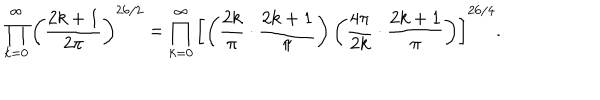
\prod _ { k = 0 } ^ { \infty } \left( \frac { 2 k + 1 } { 2 \pi } \right) ^ { 2 6 / 2 } = \prod _ { k = 0 } ^ { \infty } \left[ \left( \frac { 2 k } { \pi } \cdot \frac { 2 k + 1 } { \pi } \right) \left( \frac { 4 \pi } { 2 k } \cdot \frac { 2 k + 1 } { \pi } \right) \right] ^ { 2 6 / 4 } .